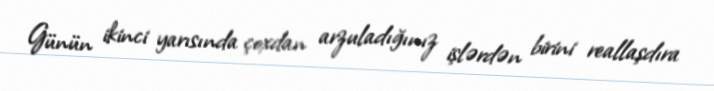
Günün ikinci yarısında çoxdan arzuladığınız işlərdən birini reallaşdıra